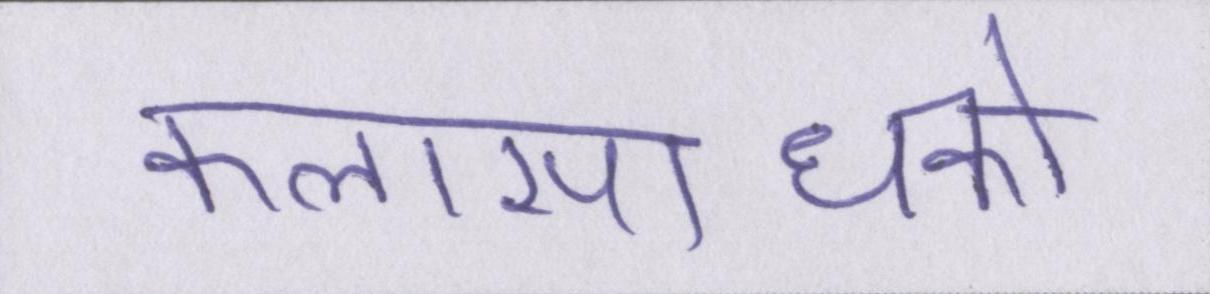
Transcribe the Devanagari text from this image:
कलासाधकों